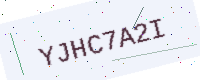
Text: YJHC7A2I